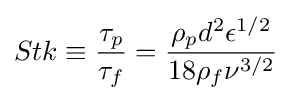
Stk\equiv {\frac {\tau _{p}}{\tau _{f}}}={\frac {\rho _{p}d^{2}\epsilon ^{1/2}}{18\rho _{f}\nu ^{3/2}}}